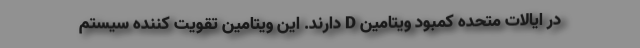
در ایالات متحده کمبود ویتامین D دارند. این ویتامین تقویت کننده سیستم